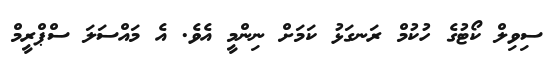
ސިވިލް ކޯޓުގެ ހުކުމް ރަނގަޅު ކަމަށް ނިންމީ އެވެ. އެ މައްސަލަ ސްޕްރީމް